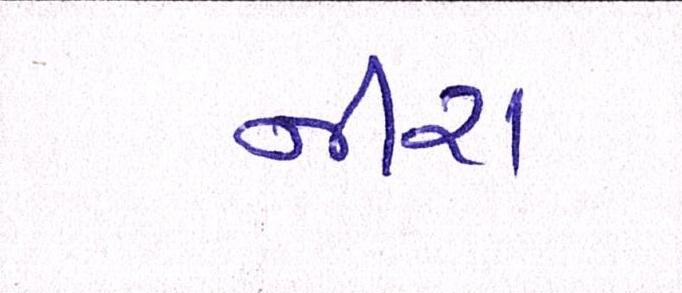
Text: નીરા